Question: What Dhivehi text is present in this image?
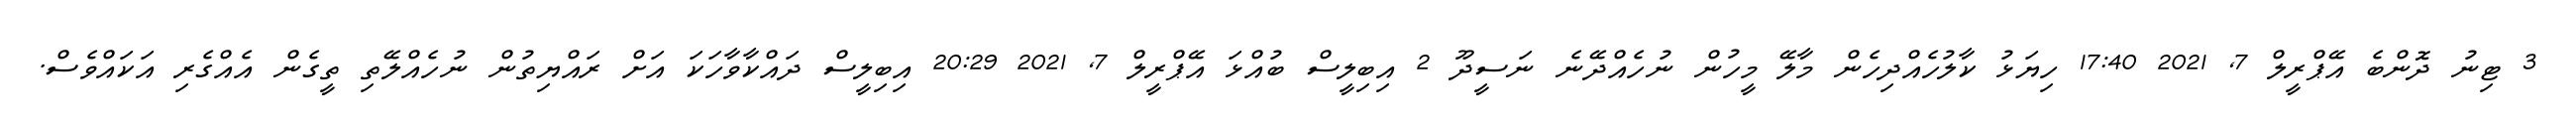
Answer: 3 ޓިނު ދޮންބެ އޭޕްރީލް 7, 2021 17:40 ހިޔަޅު ކާލުހެއްދިހެން މާލޭ މީހުން ނުހެއްދޭނެ ނަސީދޫ 2 އިބިލީސް ބުއްޅަ އޭޕްރީލް 7, 2021 20:29 އިބިލީސް ދައްކާވާހަކަ އަށް ރައްޔިތުން ނުހެއްލޭތި ތީގެން އެއްގެރި އަކައްވެސް.